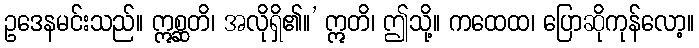
ဥဒေနမင်းသည်။ ဣစ္ဆတိ၊ အလိုရှိ၏။’ ဣတိ၊ ဤသို့။ ကထေထ၊ ပြောဆိုကုန်လော့။